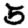
Digit: 5